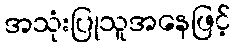
အသုံးပြုသူအနေဖြင့်